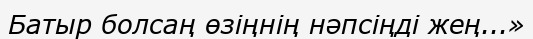
Батыр болсаң өзіңнің нәпсіңді жең...»